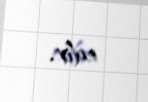
edir.